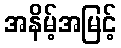
အနိမ့်အမြင့်